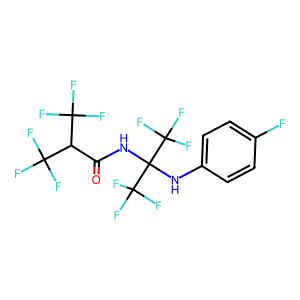
SMILES: O=C(NC(Nc1ccc(F)cc1)(C(F)(F)F)C(F)(F)F)C(C(F)(F)F)C(F)(F)F
Inhibits HIV replication: No